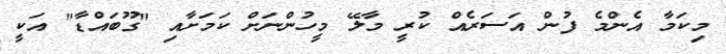
މިކަމާ އެންމެ ފުން އަސަރެއް ކުރީ މާލޭ މީހުންނަށް ކަމަށާއި "ގޫބައްޑާ" އަކީ